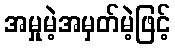
အမှုမဲ့အမှတ်မဲ့ဖြင့်